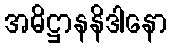
အဓိဋ္ဌာနနိဒါနော